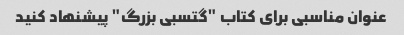
عنوان مناسبی برای کتاب "گتسبی بزرگ" پیشنهاد کنید